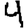
Digit: 4